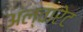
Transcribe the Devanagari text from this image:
अल्वारेट